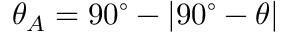
\theta _ { A } = 9 0 ^ { \circ } - \left| 9 0 ^ { \circ } - \theta \right|